Rangoon Lunatic Asylum 1878-1892 - 1878-1892
Year: 1878
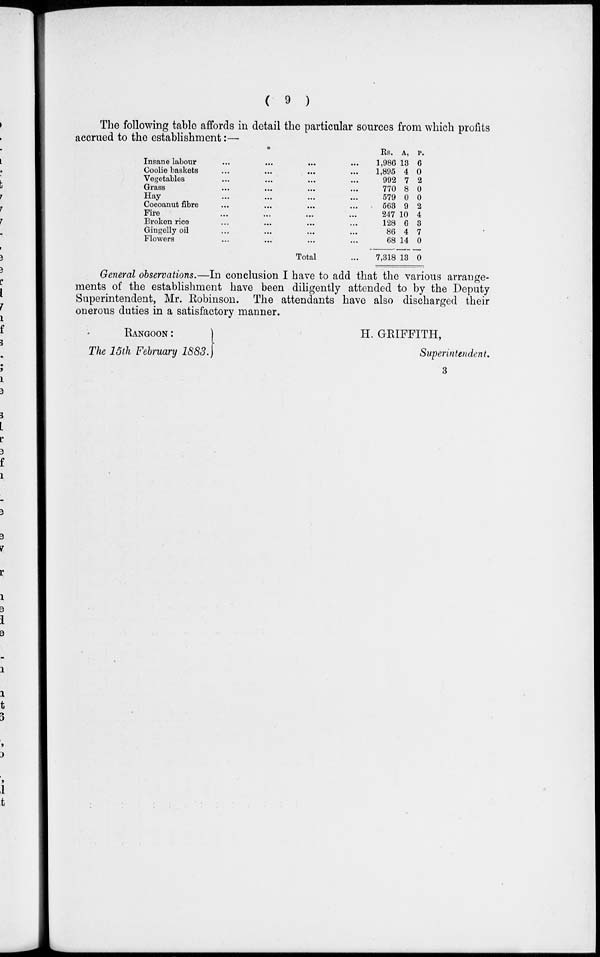
( 9 )
The following table affords in detail the particular sources from which profits
accrued to the establishment:—
Insane labour ... ... ... ...
Coolie baskets ... ... ... ...
Vegetables ... ... ... ...
Grass ... ... ... ...
Hay ... ... ... ...
Cocoanut fibre ... ... ... ...
Fire ... ... ... ...
Broken rice ... ... ... ...
Gingelly oil ... ... ... ...
Flowers ... ... ... ...
Total ... ... ... ...
Rs.
1,986
1,895
992
770
579
563
247
128
86
68
7,318
A.
13
4
7
8
0
9
10
6
4
14
13
P.
6
0
2
0
0
2
4
3
7
0
0
General observations.—In conclusion I have to add that the various arrange-
ments of the establishment have been diligently attended to by the Deputy
Superintendent, Mr. Robinson. The attendants have also discharged their
onerous duties in a satisfactory manner.
RANGOON:
The 15th February 1883.
H. GRIFFITH,
Superintendent.
3